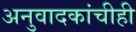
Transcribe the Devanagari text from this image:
अनुवादकांचीही